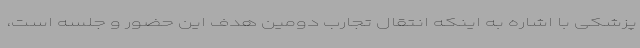
پزشکی با اشاره به اینکه انتقال تجارب دومین هدف این حضور و جلسه است،